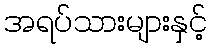
အရပ်သားများနှင့်